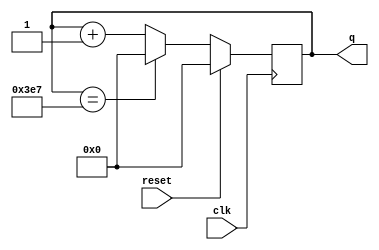
module top_module (
    input clk,
    input reset,
    output [9:0] q);
	
    always@(posedge clk) begin
        if (reset)
            q <= 10'd0;
        else if (q == 999)
            q <= 10'd0;
        else
            q <= q + 10'd1;
    end
endmodule